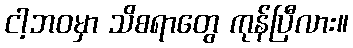
ငါ့ဘဝမှာ သိစရာတွေ ကုန်ပြီလား။